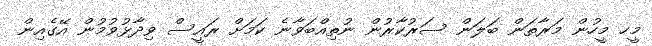
މީހ މީހުން މަރާތަން ބަލަން ސަރުކާރުން ނުތިއްބަވާނެ ކަމަށް ރައީސް ވިދާޅުވުމުން އޭގެއިން